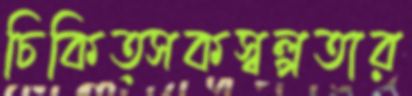
চিকিত্সকস্বল্পতার